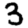
Digit: 3